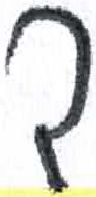
אות: ד